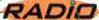
RADIO